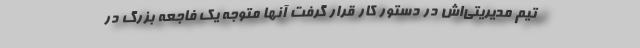
تیم مدیریتی‌اش در دستور کار قرار گرفت آنها متوجه یک فاجعه بزرگ در